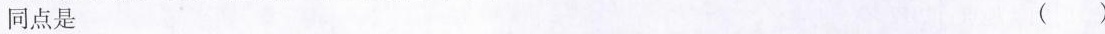
同点是 ()